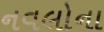
નવલોના